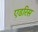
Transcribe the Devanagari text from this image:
एडरिस